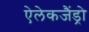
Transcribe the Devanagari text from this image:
ऐलेकजैंड्रो